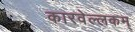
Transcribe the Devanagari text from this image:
कारवेल्लकम्‌